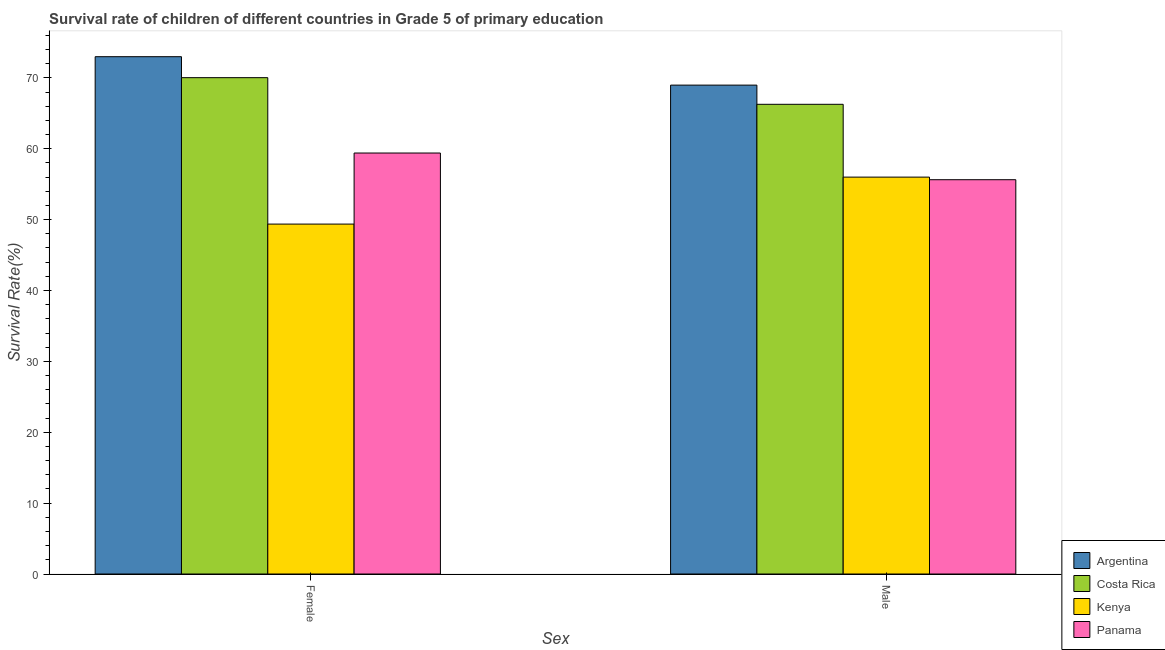
| Sex | Argentina | Costa Rica | Kenya | Panama |
 | --- | --- | --- | --- | --- |
 | Female | 73 | 70 | 49.4 | 59.4 |
 | Male | 69 | 66.3 | 56 | 55.6 |